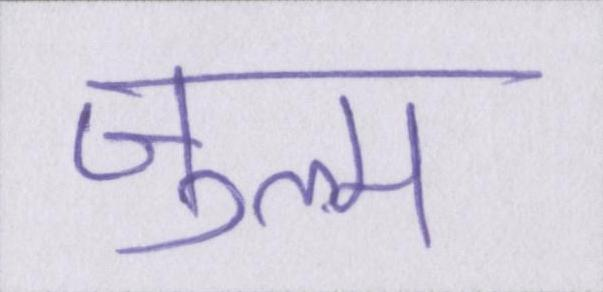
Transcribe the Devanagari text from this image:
ज़ुल्म